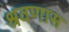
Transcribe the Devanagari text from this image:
श्रवणास